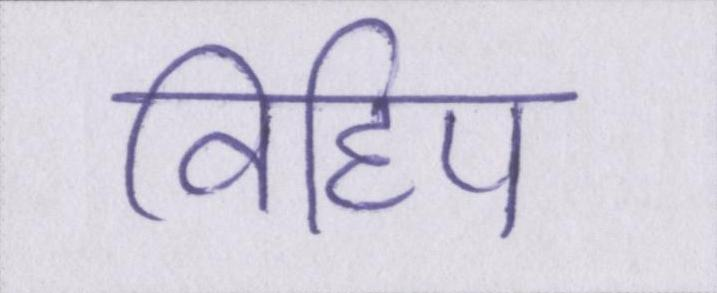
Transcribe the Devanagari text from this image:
विहिप